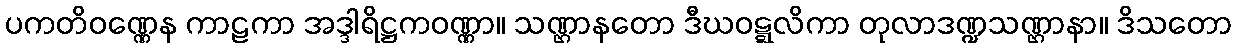
ပကတိဝဏ္ဏေန ကာဠကာ အဒ္ဒါရိဋ္ဌကဝဏ္ဏာ။ သဏ္ဌာနတော ဒီဃဝဋ္ဋလိကာ တုလာဒဏ္ဍသဏ္ဌာနာ။ ဒိသတော